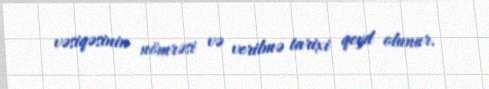
vəsiqəsinin nömrəsi və verilmə tarixi qeyd olunur.